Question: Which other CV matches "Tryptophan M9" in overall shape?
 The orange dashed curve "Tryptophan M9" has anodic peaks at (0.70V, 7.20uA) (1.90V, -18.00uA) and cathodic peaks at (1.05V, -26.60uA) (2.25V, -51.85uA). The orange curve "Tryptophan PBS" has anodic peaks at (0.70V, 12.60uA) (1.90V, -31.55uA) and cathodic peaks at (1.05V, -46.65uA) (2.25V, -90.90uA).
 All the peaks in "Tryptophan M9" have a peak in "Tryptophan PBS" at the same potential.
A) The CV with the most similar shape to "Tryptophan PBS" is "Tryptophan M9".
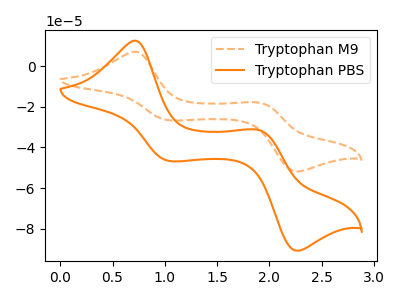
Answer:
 <answer>A) The CV with the most similar shape to "Tryptophan PBS" is "Tryptophan M9".</answer>
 <eval>A</eval>